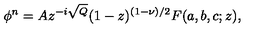
\phi ^ { n } = A z ^ { - i \sqrt { Q } } ( 1 - z ) ^ { ( 1 - \nu ) / 2 } F ( a , b , c ; z ) ,